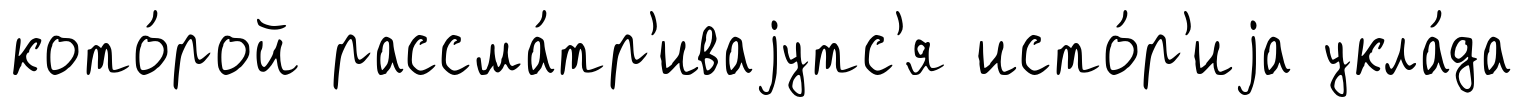
кото́рой рассма́тр'иваjутс'я исто́р'иjа укла́да